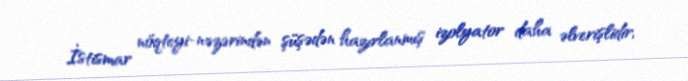
İstismar nöqteyi-nəzərindən şüşədən hazırlanmış izolyator daha əlverişlidir,